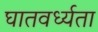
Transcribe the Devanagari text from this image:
घातवर्ध्यता